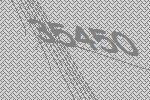
35450